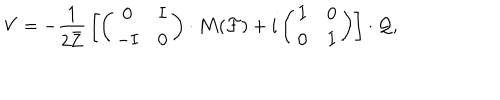
LaTeX: V = - { \frac { 1 } { 2 \bar { \bf Z } } } \left[ \left( \begin{matrix} { { { \bf 0 } } } & { { { \bf I } } } \\ { { - { \bf I } } } & { { { \bf 0 } } } \\ \end{matrix} \right) \cdot { \bf M } ( { \cal F } ) + i \left( \begin{matrix} { { { \bf I } } } & { { { \bf 0 } } } \\ { { { \bf 0 } } } & { { { \bf I } } } \\ \end{matrix} \right) \right] \cdot { \cal Q } ,